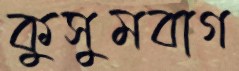
কুসুমবাগ